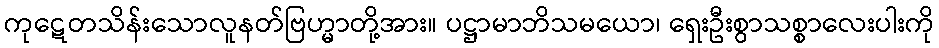
ကုဋေတသိန်းသောလူနတ်ဗြဟ္မာတို့အား။ ပဋ္ဌာမာဘိသမယော၊ ရှေးဦးစွာသစ္စာလေးပါးကို